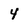
Character: 4